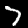
Digit: 7